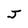
Character: J